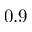
0 . 9